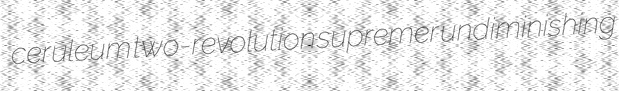
ceruleum two-revolution supremer undiminishing